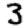
Digit: 3